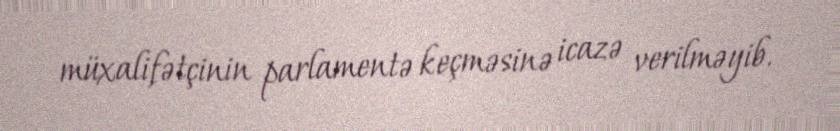
müxalifətçinin parlamentə keçməsinə icazə verilməyib.